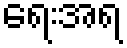
ရေးအရ